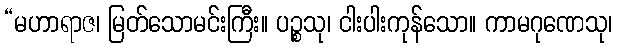
“မဟာရာဇ၊ မြတ်သောမင်းကြီး။ ပဉ္စသု၊ ငါးပါးကုန်သော။ ကာမဂုဏေသု၊